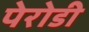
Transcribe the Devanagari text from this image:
पेरोडी